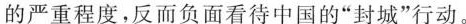
的严重程度，反而负面看待中国的”封城”行动。